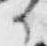
日